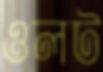
ওলট